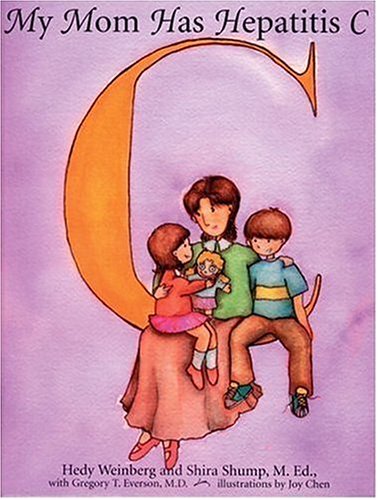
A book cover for My Mom Has Hepatitis C; Hedy Weinberg; Health, Fitness & Dieting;